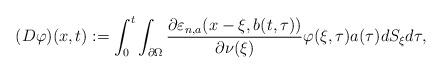
LaTeX: \begin{align*}(D\varphi)(x,t):=\int_{0}^{t}\int_{\partial\Omega}\frac{\partial\varepsilon_{n, a}(x-\xi,b(t,\tau))}{\partial\nu(\xi) }\varphi(\xi,\tau)a(\tau)dS_{\xi} d\tau,\end{align*}